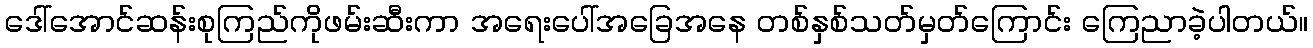
ဒေါ်အောင်ဆန်းစုကြည်ကိုဖမ်းဆီးကာ အရေးပေါ်အခြေအနေ တစ်နှစ်သတ်မှတ်ကြောင်း ကြေညာခဲ့ပါတယ်။